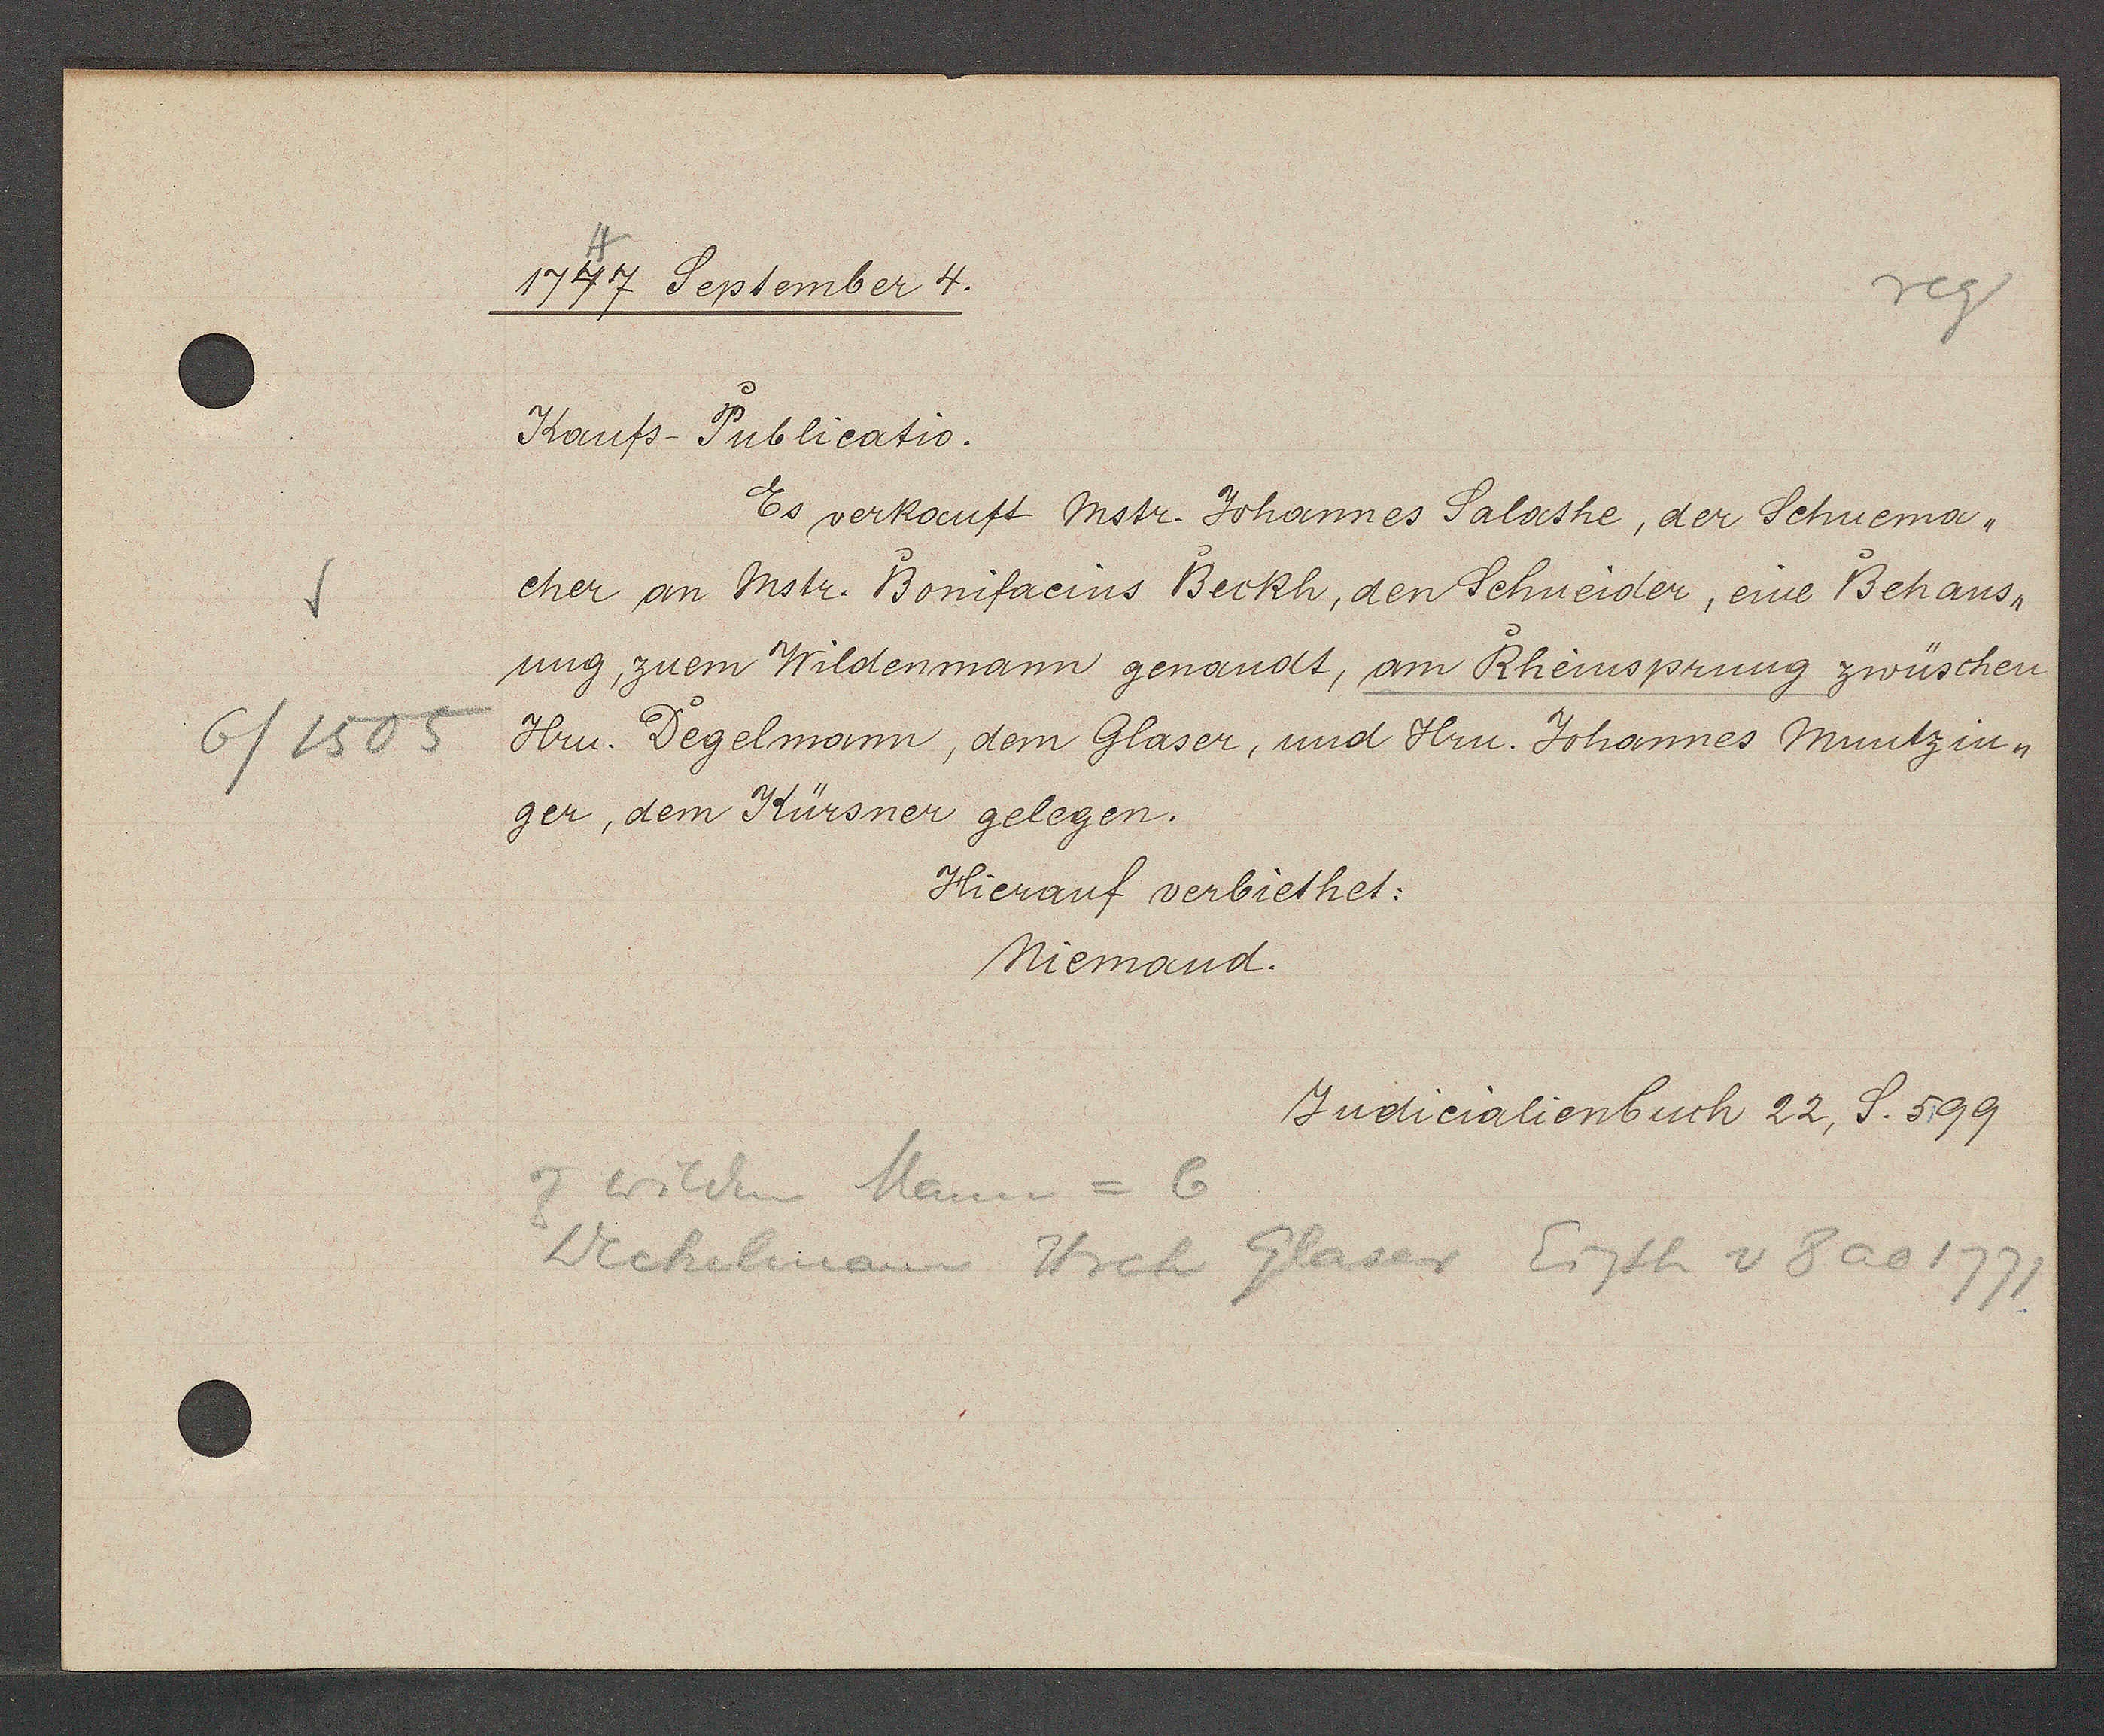
Transcript:
6/1505

1777 September 4.

Koufs-Publicatio.
Es verkauft Mstr. Johannes Salathe, der Schuema¬
cher am Mstr. Bonifacins Beckh, den Schneider, eine Behaus-
ung, zuem Wildenmann genandt, am Rheinspuung zwüschen
Hrn. Degelmamn, dem Glaser, und Hrn. Johonnes Muntzin-
ger, dem Kürsner gelegen.
Hierauf verbiethet:
Niemand.

Judicialienbuch 22, S. 599

Z wilchen Mann = 6
Wechelmann Hrch Glaser Eigth v 8 ao 1771